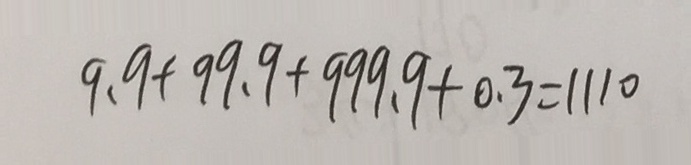
9 . 9 + 9 9 . 9 + 9 9 9 . 9 + 0 . 3 = 1 1 1 0